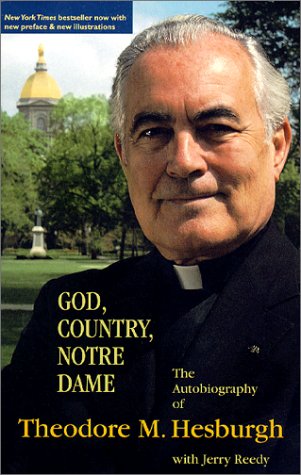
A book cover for God, Country, Notre Dame: The Autobiography of Theodore M. Hesburgh; Theodore M. Hesburgh; Biographies & Memoirs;